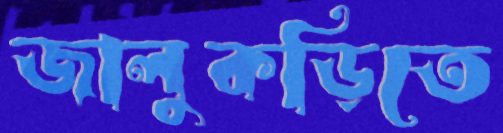
জালুকড়িতে